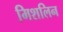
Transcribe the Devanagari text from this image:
मिशलिन